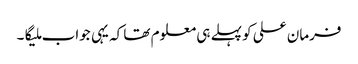
فرمان علی کو پہلے ہی معلوم تھا کہ یہی جواب ملیگا۔